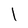
Character: l